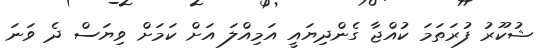
ޝުކޫރު ފުރަތަމަ ކުއްޖާ ގެންދިޔައީ އަމިއްލަ އަށް ކަމަށް ވިޔަސް ދެ ވަނަ